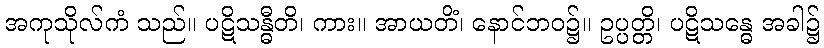
အကုသိုလ်ကံ သည်။ ပဋိသန္ဓီတိ၊ ကား။ အာယတိံ၊ နောင်ဘဝ၌။ ဥပ္ပတ္တိ၊ ပဋိသန္ဓေ အခါ၌